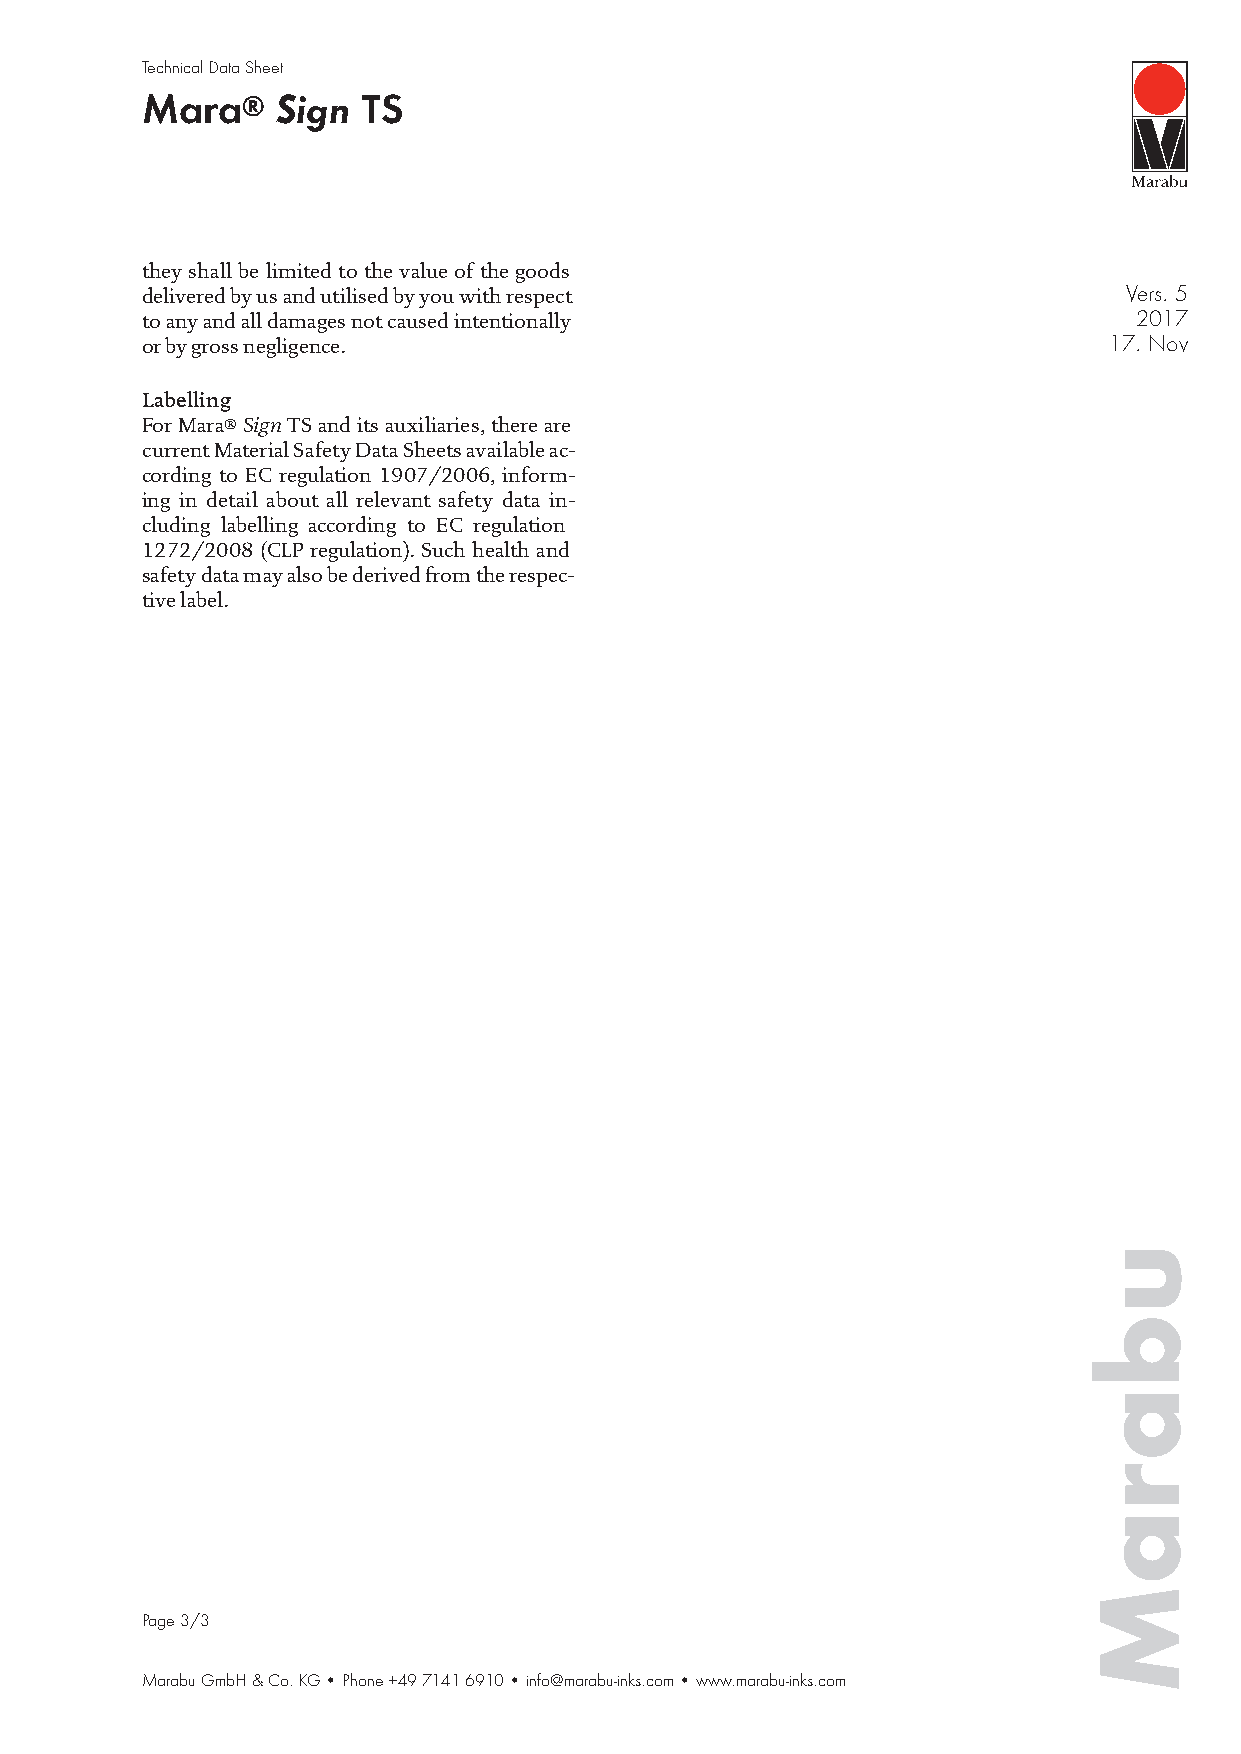
Technical Data Sheet
 Mara®    Sign  TS
 they shall be limited to the value of the goods
 delivered by us and utilised by you with respect                 Vers. 5
 to any and all damages not caused intentionally                   2017
 or by gross negligence.                                         17. Nov
 Labelling
 For Mara® Sign TS and its auxiliaries, there are
 current Material Safety Data Sheets available ac-
 cording to EC regulation 1907/2006, inform-
 ing in detail about all relevant safety data in-
 cluding labelling according to EC regulation
 1272/2008 (CLP regulation). Such health and
 safety data may also be derived from the respec-
 tive label.
 Page 3/3
 Marabu GmbH & Co. KG • Phone +49 7141 6910 • info@marabu-inks.com • www.marabu-inks.com
 ubaraM